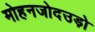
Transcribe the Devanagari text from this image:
मोहनजोदउड़ो